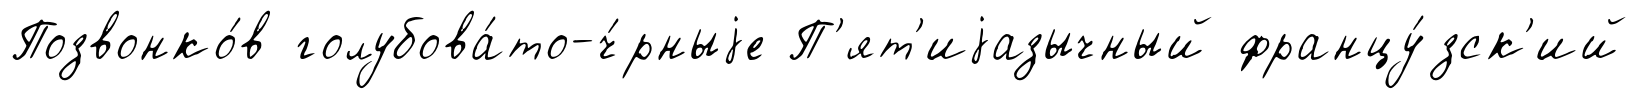
Позвонко́в голубова́то-ч́рныjе П'ят'иjазычный францу́зск'ий